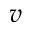
v